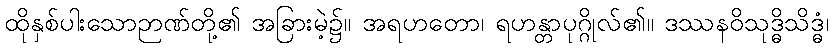
ထိုနှစ်ပါးသောဉာဏ်တို့၏ အခြားမဲ့၌။ အရဟတော၊ ရဟန္တာပုဂ္ဂိုလ်၏။ ဒဿနဝိသုဒ္ဓိသိဒ္ဓံ၊